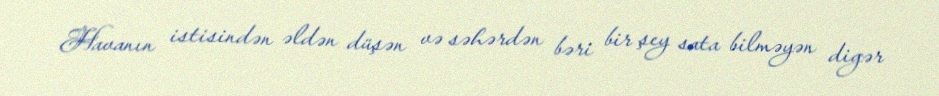
Havanın istisindən əldən düşən və səhərdən bəri bir şey sata bilməyən digər